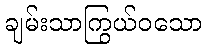
ချမ်းသာကြွယ်ဝသော